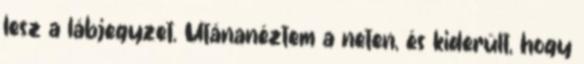
lesz a lábjegyzet. Utánanéztem a neten, és kiderült, hogy